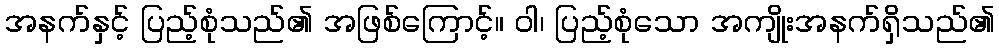
အနက်နှင့် ပြည့်စုံသည်၏ အဖြစ်ကြောင့်။ ဝါ၊ ပြည့်စုံသော အကျိုးအနက်ရှိသည်၏